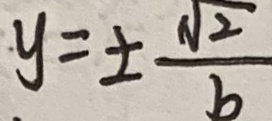
y = \pm \frac { \sqrt { 2 } } { b }